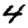
Digit: 4